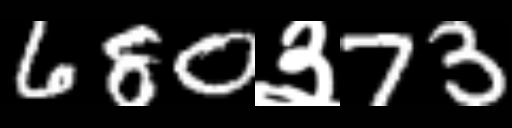
Text: 680३73